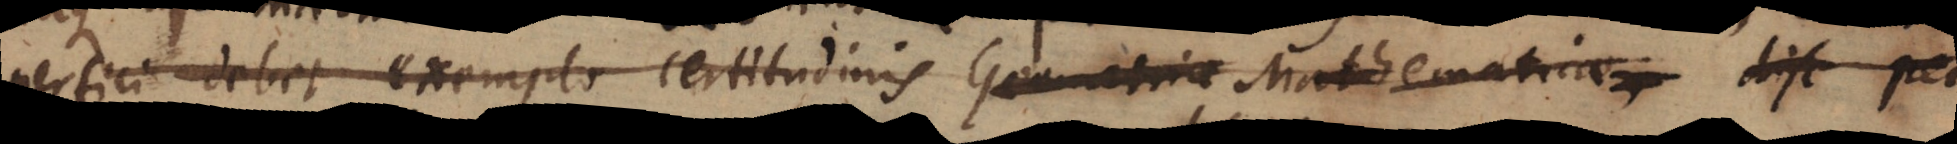
perfici debet exemplo certitudinis Geometria Mathematica disc per